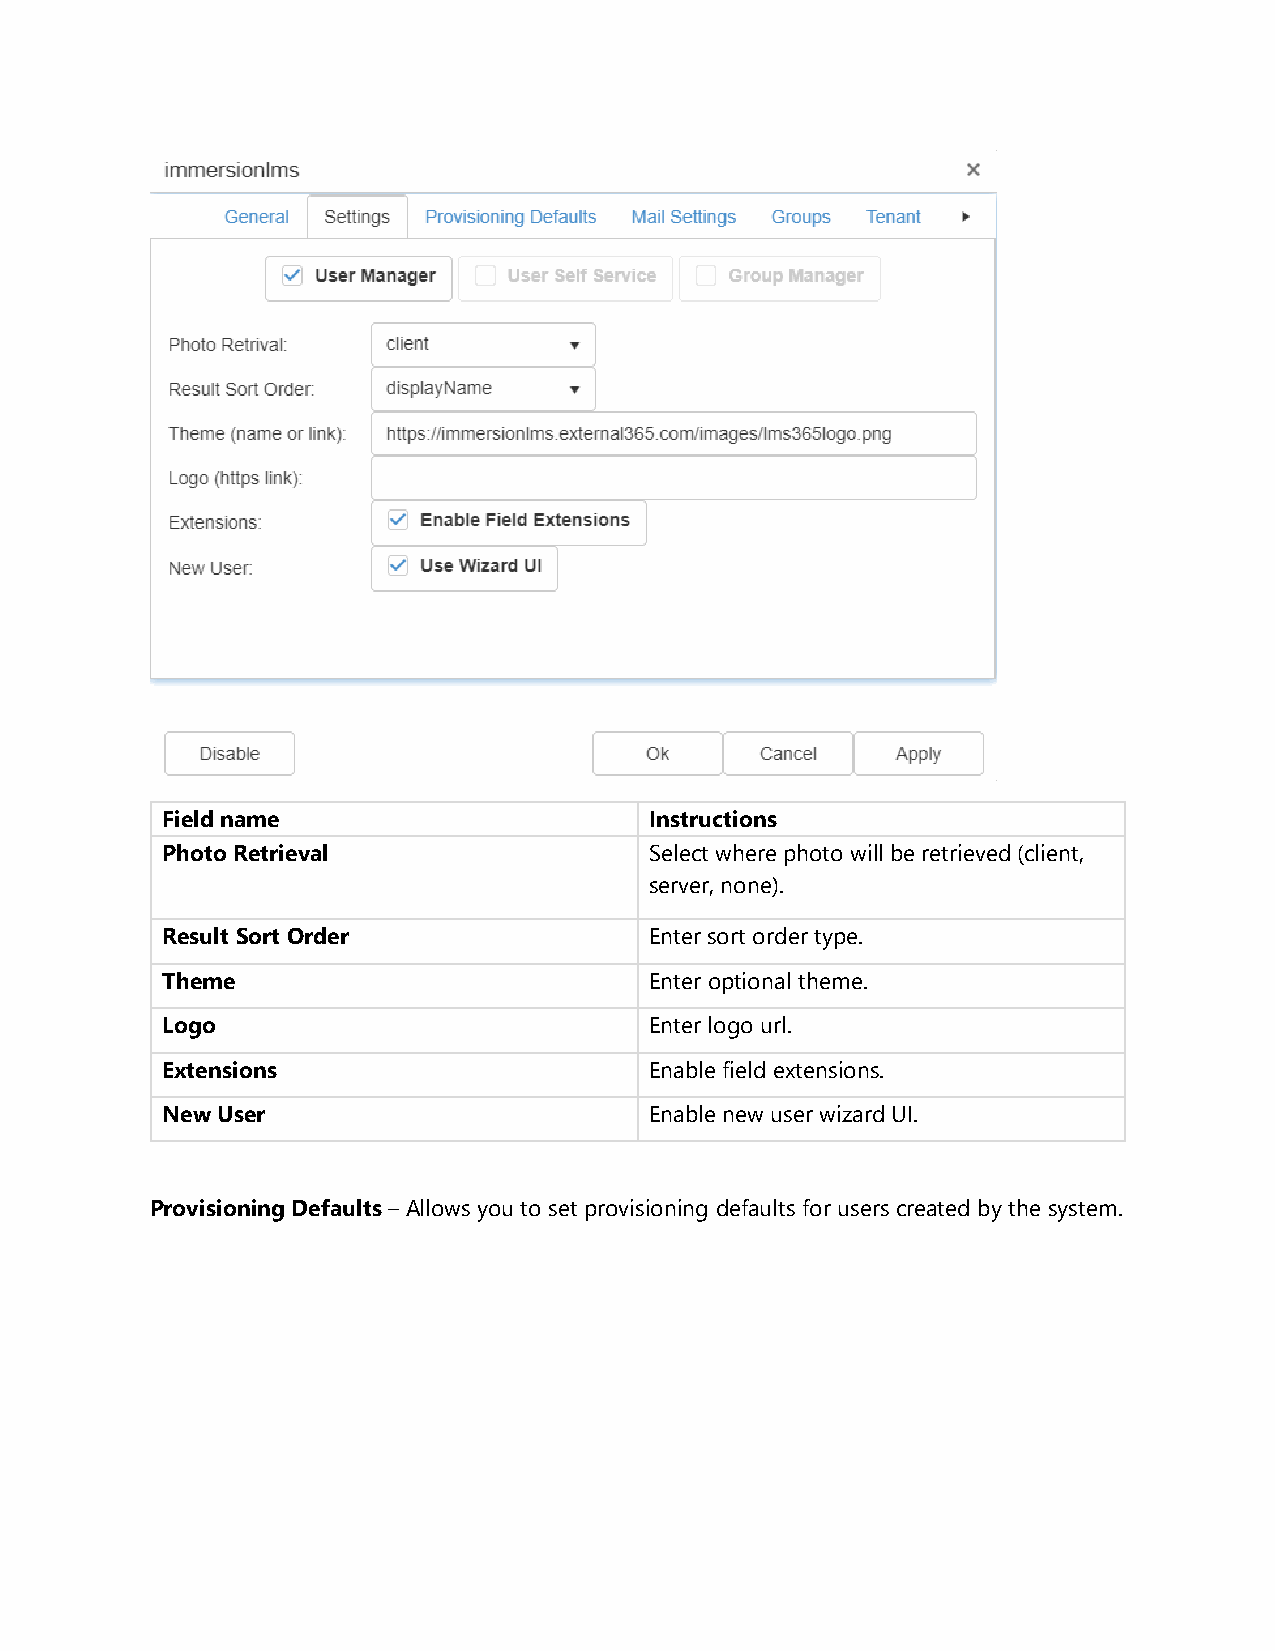
Field name                      Instructions
 Photo Retrieval                 Select where photo will be retrieved (client,
 server, none).
 Result Sort Order               Enter sort order type.
 Theme                           Enter optional theme.
 Logo                            Enter logo url.
 Extensions                      Enable field extensions.
 New User                        Enable new user wizard UI.
 Provisioning Defaults – Allows you to set provisioning defaults for users created by the system.